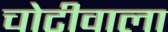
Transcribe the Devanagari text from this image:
चोटीवाला